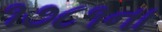
૧૭૮૧ના